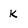
Character: k